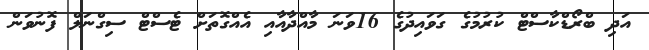
އަދި ބްރޯޑްކާސްޓް ކުރުމުގެ ގަވައިދުގެ 16ވަނަ މާއްދާއާއި އެއްގޮތަށް ޓެސްޓް ސިގްނަލް ފޮނުވަން